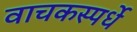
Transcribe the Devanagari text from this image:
वाचकस्पर्धे